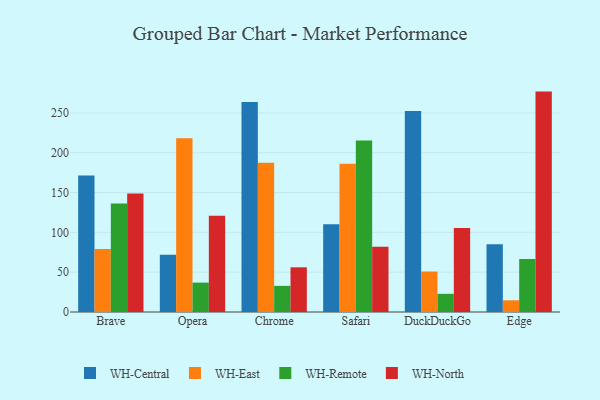
{"axis": {"x": "Browser", "y": "Headcount"}, "legend": ["WH-Central", "WH-East", "WH-North", "WH-Remote"], "data": [{"x": "Brave", "y": 171.3, "type": "WH-Central"}, {"x": "Brave", "y": 79.0, "type": "WH-East"}, {"x": "Brave", "y": 136.1, "type": "WH-Remote"}, {"x": "Brave", "y": 148.8, "type": "WH-North"}, {"x": "Opera", "y": 71.8, "type": "WH-Central"}, {"x": "Opera", "y": 218.1, "type": "WH-East"}, {"x": "Opera", "y": 36.9, "type": "WH-Remote"}, {"x": "Opera", "y": 120.7, "type": "WH-North"}, {"x": "Chrome", "y": 263.5, "type": "WH-Central"}, {"x": "Chrome", "y": 187.5, "type": "WH-East"}, {"x": "Chrome", "y": 32.8, "type": "WH-Remote"}, {"x": "Chrome", "y": 56.1, "type": "WH-North"}, {"x": "Safari", "y": 110.3, "type": "WH-Central"}, {"x": "Safari", "y": 186.1, "type": "WH-East"}, {"x": "Safari", "y": 215.3, "type": "WH-Remote"}, {"x": "Safari", "y": 82.0, "type": "WH-North"}, {"x": "DuckDuckGo", "y": 252.5, "type": "WH-Central"}, {"x": "DuckDuckGo", "y": 50.8, "type": "WH-East"}, {"x": "DuckDuckGo", "y": 22.8, "type": "WH-Remote"}, {"x": "DuckDuckGo", "y": 105.5, "type": "WH-North"}, {"x": "Edge", "y": 85.1, "type": "WH-Central"}, {"x": "Edge", "y": 14.7, "type": "WH-East"}, {"x": "Edge", "y": 66.5, "type": "WH-Remote"}, {"x": "Edge", "y": 276.7, "type": "WH-North"}]}